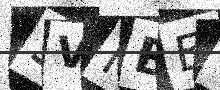
Text: 3VNBEN